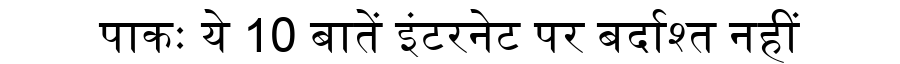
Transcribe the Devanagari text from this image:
पाकः ये 10 बातें इंटरनेट पर बर्दाश्त नहीं